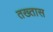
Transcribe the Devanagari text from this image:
तख्तास